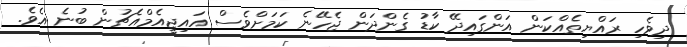
ދިވެހި ރައްޔިތެއްކަން އަންގައިދޭ ކާޑު ގެންދަން ޖެހޭނެ ކަމަށްވެސް އައިޖީއެމްއެޗުން ބުނެ އެވެ.